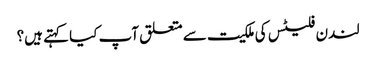
لندن فلیٹس کی ملکیت سے متعلق آپ کیا کہتے ہیں؟